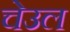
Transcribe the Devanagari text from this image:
चेउल